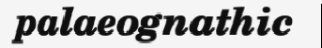
palaeognathic